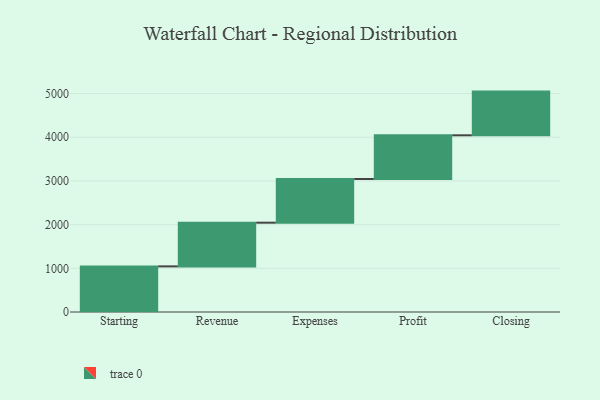
{"axis": {"x": "Step", "y": "Value"}, "legend": [""], "data": [{"x": "Starting", "y": 1044.0, "type": ""}, {"x": "Revenue", "y": 1000, "type": ""}, {"x": "Expenses", "y": 1000, "type": ""}, {"x": "Profit", "y": 1000, "type": ""}, {"x": "Closing", "y": 1000, "type": ""}]}